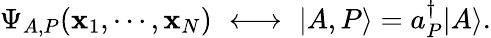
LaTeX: \Psi_{A,P}(\mathbf{x}_{1},\cdots,\mathbf{x}_{N})\, \, \longleftrightarrow\, \, |A,P\rangle=a_{P}^{\dagger}|A\rangle.